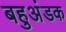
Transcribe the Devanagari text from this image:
बहुअंडक